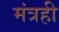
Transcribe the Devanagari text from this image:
मंत्रही